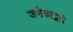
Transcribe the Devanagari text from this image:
जमैकाद्वारे